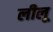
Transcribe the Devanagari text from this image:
लीलू